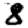
Digit: 8